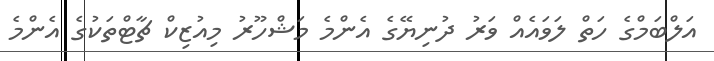
އަލްބަމްގެ ހަތް ލަވައެއް ވަރު ދުނިޔޭގެ އެންމެ މަޝްހޫރު މިއުޒިކް ޗާޓްތަކުގެ އެންމެ